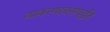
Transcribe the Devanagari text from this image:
व्याकरणरचनापद्धति